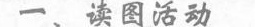
一、读图活动